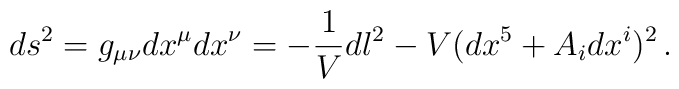
ds^{2}=g_{\mu\nu}dx^{\mu}dx^{\nu}=-\frac{1}{V}dl^{2}-V(dx^{5}+A_{i}dx^{i})^{2}\,.